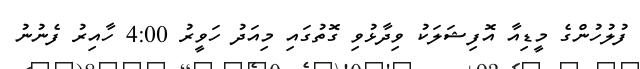
ފުލުހުންގެ މީޑިއާ އޮފިޝަލަކު ވިދާޅުވި ގޮތުގައި މިއަދު ހަވީރު 4:00 ހާއިރު ފެނުނު